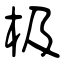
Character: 极